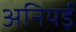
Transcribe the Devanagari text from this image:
अनियई